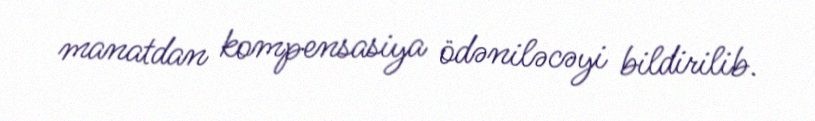
manatdan kompensasiya ödəniləcəyi bildirilib.